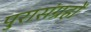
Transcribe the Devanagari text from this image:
पुरासंग्रहों